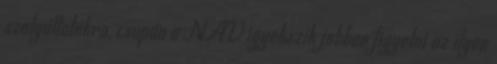
szolgáltatókra, csupán a NAV igyekszik jobban figyelni az ilyen